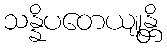
သန္နိပတေယျုန္တိ